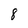
Character: 8